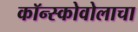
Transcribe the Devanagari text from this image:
कॉन्स्कोवोलाचा